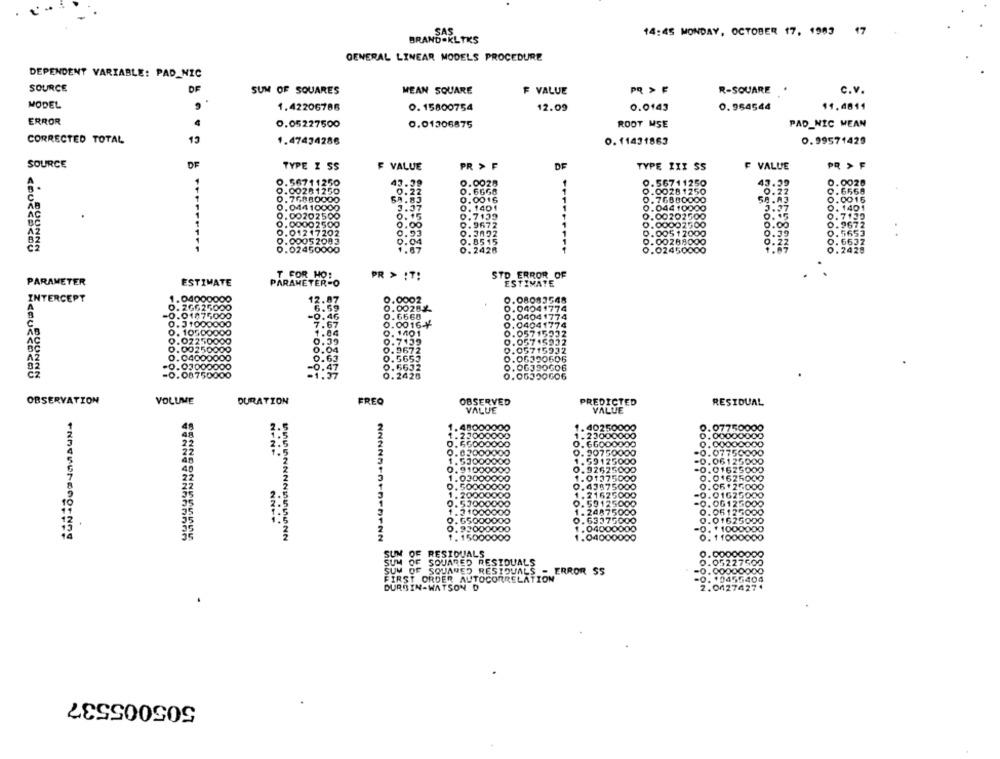
14:45 MONDAY, OCTOBER 17, 1983 17
SAS
BRAND.KLTKS
GENERAL LINEAR MODELS PROCEDURE
DEPENDENT VARIABLE: PAD_NIC
SOURCE
DF
SUM OF SQUARES
MEAN SQUARE
F VALUE
PR > F
R-SQUARE
C.v.
MODEL
1.42206786
0. 15800754
12.09
0.964544
11.4811
0.0143
ERROR
0.05227500
0.01306875
ROOT MSE
PAD_NIC MEAN
CORRECTED TOTAL
13
1.47434286
0.11431863
0.99571429
SOURCE
OF
TYPE I SS
F VALUE
PR > F
DE
TYPE III SS
VALUE
PR > F
0.56711
43
0.0028
9.56711250
43.39
0.0028
.00281250
0.6668
0.00281250
0.6568
0.76880000
0.0016
0.76800000
0.22
0.0016
.044 10000
0. 1401
0.04410000
58.A3
3.37
0. 1401
.00202500
0.7139
0 .00202 500
0. 7135
.0000 2500
0.9672
0.00007500
0.00
0.9672
01217202
0.3022
0.00517000
0.59
0.5653
.00052093
.......
0.8515
0.00288000
0.22
0.6632
.02450000
DE DOOOD-
0.2426
0.02450000
0.2428
STD ERROR OF
PARAMETER
ESTIMATE
PARAMETER-O
T FOR HOE
PR > IT:
ESTIMATE
INTERCEPT
04000000
12.87
0.0002
0.08083548
A
662
6.59
0.00282-
0.04041774
14750
9.46
0.04041774
1.00
7.67
0.0016-Y
0.04041774
AB
0. 10500000
0. 1401
0.05715932
AC
0.02250000
0.7139
0.05745932
0.00250000
0.9672
0.05715932
0.0400
0.06390606
0.63
0.5653
cz
-0.03000000
0.5632
0.06390000
-0.08750000
0.2428
0.00300006
OBSERVATION
VOLUME
DURATION
FREQ
OBSERVED
PREDICTED
RESIDUAL
VALUE
VALUE
02500
9.07750000
1. 23000000
0.00000000
0.66000000
0.00000000
....
@300
0. 90750000
-0.07750000
1.5300
.59125000
-0.06126000
.9100
.92625000
.01625000
1.03000
75000
.01625000
9.5000
5000
0.05.25000
20000000
1.2162
5000
-0.01625000
0.53000000
0.5912
-0.06125000
.21000000
0.06125000
....
9. G5000000
98000000
1.040
10001
1. 15000000
1.04
0. 11000000
OF RESIDUALS
SUM OF
SQUARED RESIDUALS
0.05227500
SUM OF SQUARED RESIDUALS - ERROR SS
FIRST ORDER AUTOCORRELATION
-0.00000000
-0. 10455404
DURBIN-WATSON D
2.042
505005537